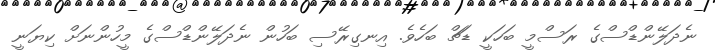
ނެދަލޭންޑްސްގެ ރަސްމީ ބަހަކީ ޑަޗް ބަހެވެ. އިނގިރޭސި ބަހުން ނެދަލޭންޑްސްގެ މީހުންނަށް ކިޔަނީ